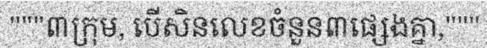
"""៣ក្រុម, បើសិនលេខចំនួន៣ផ្សេងគ្នា,"""